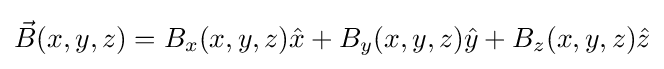
{\vec {B}}(x,y,z)=B_{x}(x,y,z){\hat {x}}+B_{y}(x,y,z){\hat {y}}+B_{z}(x,y,z){\hat {z}}